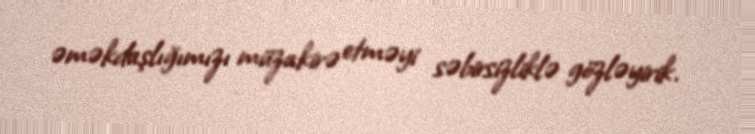
əməkdaşlığımızı müzakirə etməyi səbirsizliklə gözləyirik.